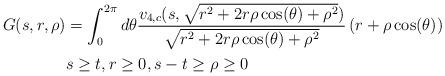
LaTeX: \begin{align*} G(s,r,\rho) &=\int_{0}^{2\pi} d\theta \frac{v_{4,c}(s,\sqrt{r^{2}+2 r \rho \cos(\theta) + \rho^{2}})}{\sqrt{r^{2}+2 r \rho \cos(\theta) + \rho^{2}}} \left(r+\rho \cos(\theta)\right)\\& s \geq t,r \geq 0,s-t \geq \rho \geq 0\end{align*}